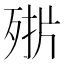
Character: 𣨊